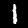
Digit: 1